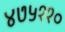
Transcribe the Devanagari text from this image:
४७५११०